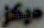
مركز